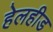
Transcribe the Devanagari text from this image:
हेलहीड